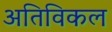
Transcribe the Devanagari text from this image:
अतिविकल